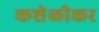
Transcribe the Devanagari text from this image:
कशेळीकर